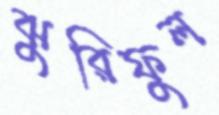
ঝুরিফুল